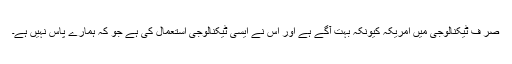
صر ف ٹیکنالوجی میں امریکہ کیونکہ بہت آگے ہے اور اُس نے ایسی ٹیکنالوجی استعمال کی ہے جو کہ ہمارے پاس نہیں ہے۔